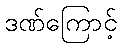
ဒဏ်ကြောင့်